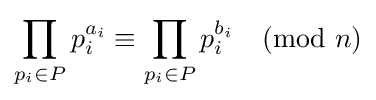
\prod _{p_{i}\in P}p_{i}^{a_{i}}\equiv \prod _{p_{i}\in P}p_{i}^{b_{i}}{\pmod {n}}